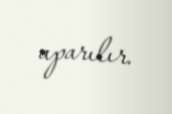
aparılır.